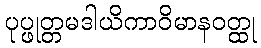
ပုပ္ဖုတ္တမဒါယိကာဝိမာနဝတ္ထု